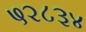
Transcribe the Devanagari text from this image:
५२८३४